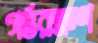
গর্ভরক্ষণ